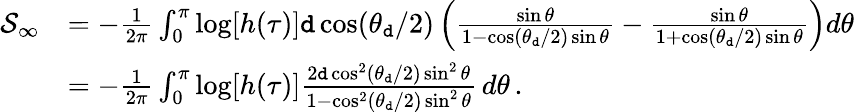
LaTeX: \begin{array}{rl}{\mathcal S_{\infty}}&{=-\frac{1}{2\pi}\int_{0}^{\pi}\log[h(\tau)]{\tt d}\cos(\theta_{\tt d}/2)\left(\frac{\sin\theta}{1-\cos(\theta_{\tt d}/2)\sin\theta}-\frac{\sin\theta}{1+\cos(\theta_{\tt d}/2)\sin\theta}\right)d\theta}\\ &{=-\frac{1}{2\pi}\int_{0}^{\pi}\log[h(\tau)]\frac{2{\tt d}\cos^{2}(\theta_{\tt d}/2)\sin^{2}\theta}{1-\cos^{2}(\theta_{\tt d}/2)\sin^{2}\theta}\, d\theta\, .}\end{array}